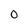
Character: 0